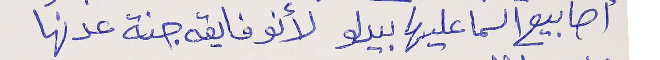
أصابيع السما عليها بيدلو      لأنو فايقه جنة عدنها